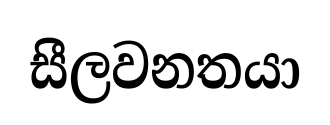
සීලවනතයා